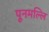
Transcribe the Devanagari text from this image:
पूनमल्लि